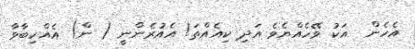
އެހެން  އަކު ވޭހެއްޔެވެ އަދި ކިއެއްތަ! އެއުރެންނީ ( ން) އެއްކިބާވާ